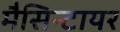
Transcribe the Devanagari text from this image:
मैसिन्टायर